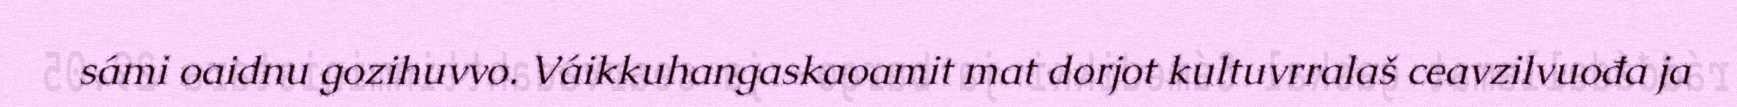
sámi oaidnu gozihuvvo. Váikkuhangaskaoamit mat dorjot kultuvrralaš ceavzilvuođa ja